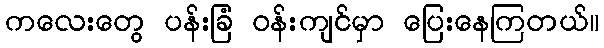
ကလေးတွေ ပန်းခြံ ဝန်းကျင်မှာ ပြေးနေကြတယ်။